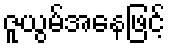
ဇူယွမ်အနေဖြင့်